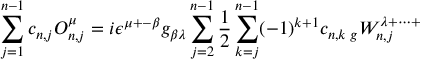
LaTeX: \sum _ { j = 1 } ^ { n - 1 } c _ { n , j } { \cal O } _ { n , j } ^ { \mu } = i \epsilon ^ { \mu + - \beta } g _ { \beta \lambda } \sum _ { j = 2 } ^ { n - 1 } { \frac { 1 } { 2 } } \sum _ { k = j } ^ { n - 1 } ( - 1 ) ^ { k + 1 } c _ { n , k } \, _ { g } W _ { n , j } ^ { \lambda + \cdots + }